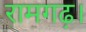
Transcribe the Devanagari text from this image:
रामगढ़।